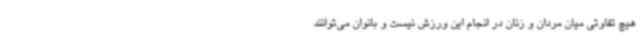
هیچ تفاوتی میان مردان و زنان در انجام این ورزش نیست و بانوان می‌توانند